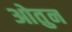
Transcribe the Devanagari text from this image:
ओतुन